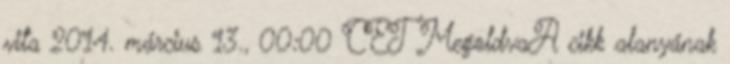
vita 2014. március 13., 00:00 CET MegoldvaA cikk alanyának